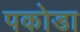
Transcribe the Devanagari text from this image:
पकोडा